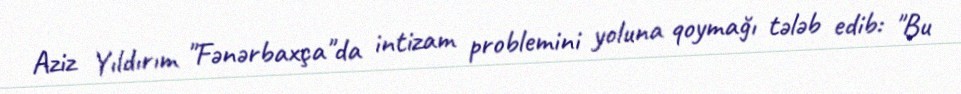
Aziz Yıldırım "Fənərbaxça"da intizam problemini yoluna qoymağı tələb edib: "Bu